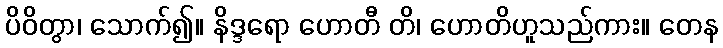
ပိဝိတွာ၊ သောက်၍။ နိဒ္ဒရော ဟောတီ တိ၊ ဟောတိဟူသည်ကား။ တေန